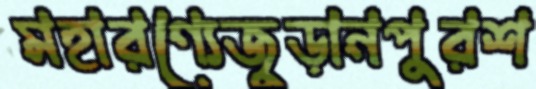
মহারণ্যেজুড়ানপুরশ